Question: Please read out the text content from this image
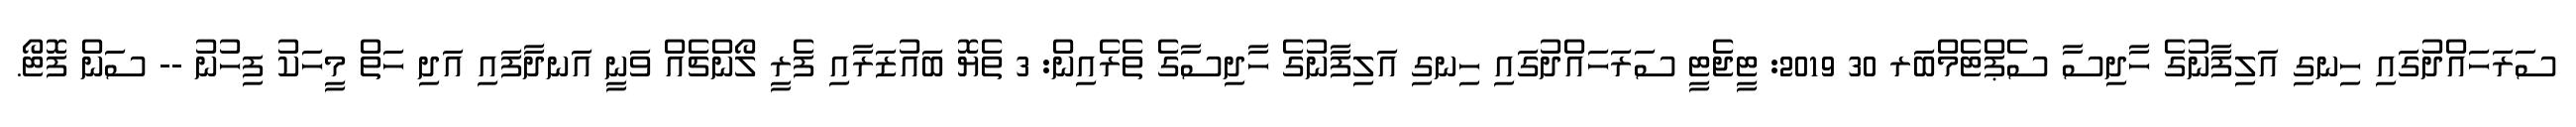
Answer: ސަރަހައްދުގައި ހިނގި އަލިފާނުގެ ހާދިސާ ސެޕްޓެމްބަރ 30 2019: ޓީޖެޓީ ސަރަހައްދުގައި ހިނގި އަލިފާނުގެ ހާދިސާގެ ތެރެއިން: 3 ތެޔޮ ބައުޒަރާއި ފެރީ ލޯންޗެއް ވަނީ އަނދާފައި އަދި ހަތް މީހަކު ފިހުނު -- ސަން ފޮޓޯ.